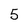
Character: 5